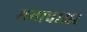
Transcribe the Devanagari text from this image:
समाचाअर